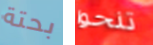
بحتة تنحوا